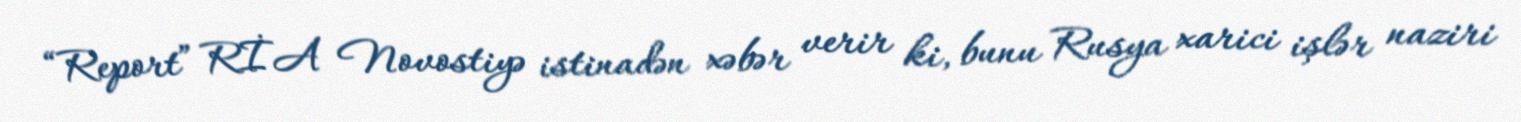
“Report” RİA Novostiyə istinadən xəbər verir ki, bunu Rusya xarici işlər naziri